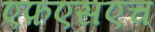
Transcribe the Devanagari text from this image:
एफ़एसएच